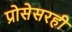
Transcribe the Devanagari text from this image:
प्रोसेसरही